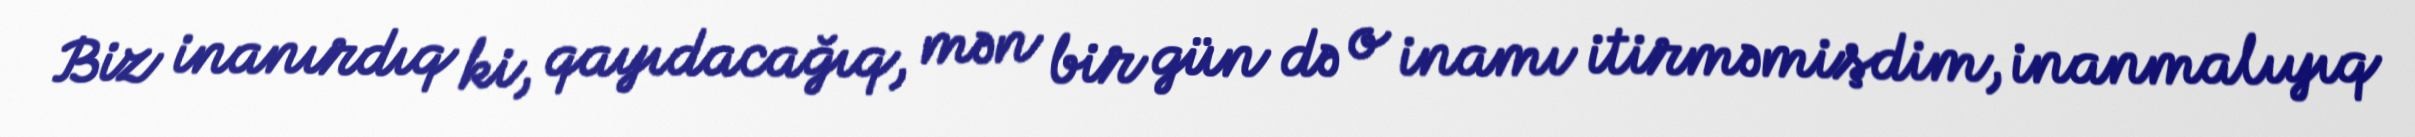
Biz inanırdıq ki, qayıdacağıq, mən bir gün də o inamı itirməmişdim, inanmalıyıq